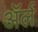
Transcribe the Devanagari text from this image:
अॅर्ल